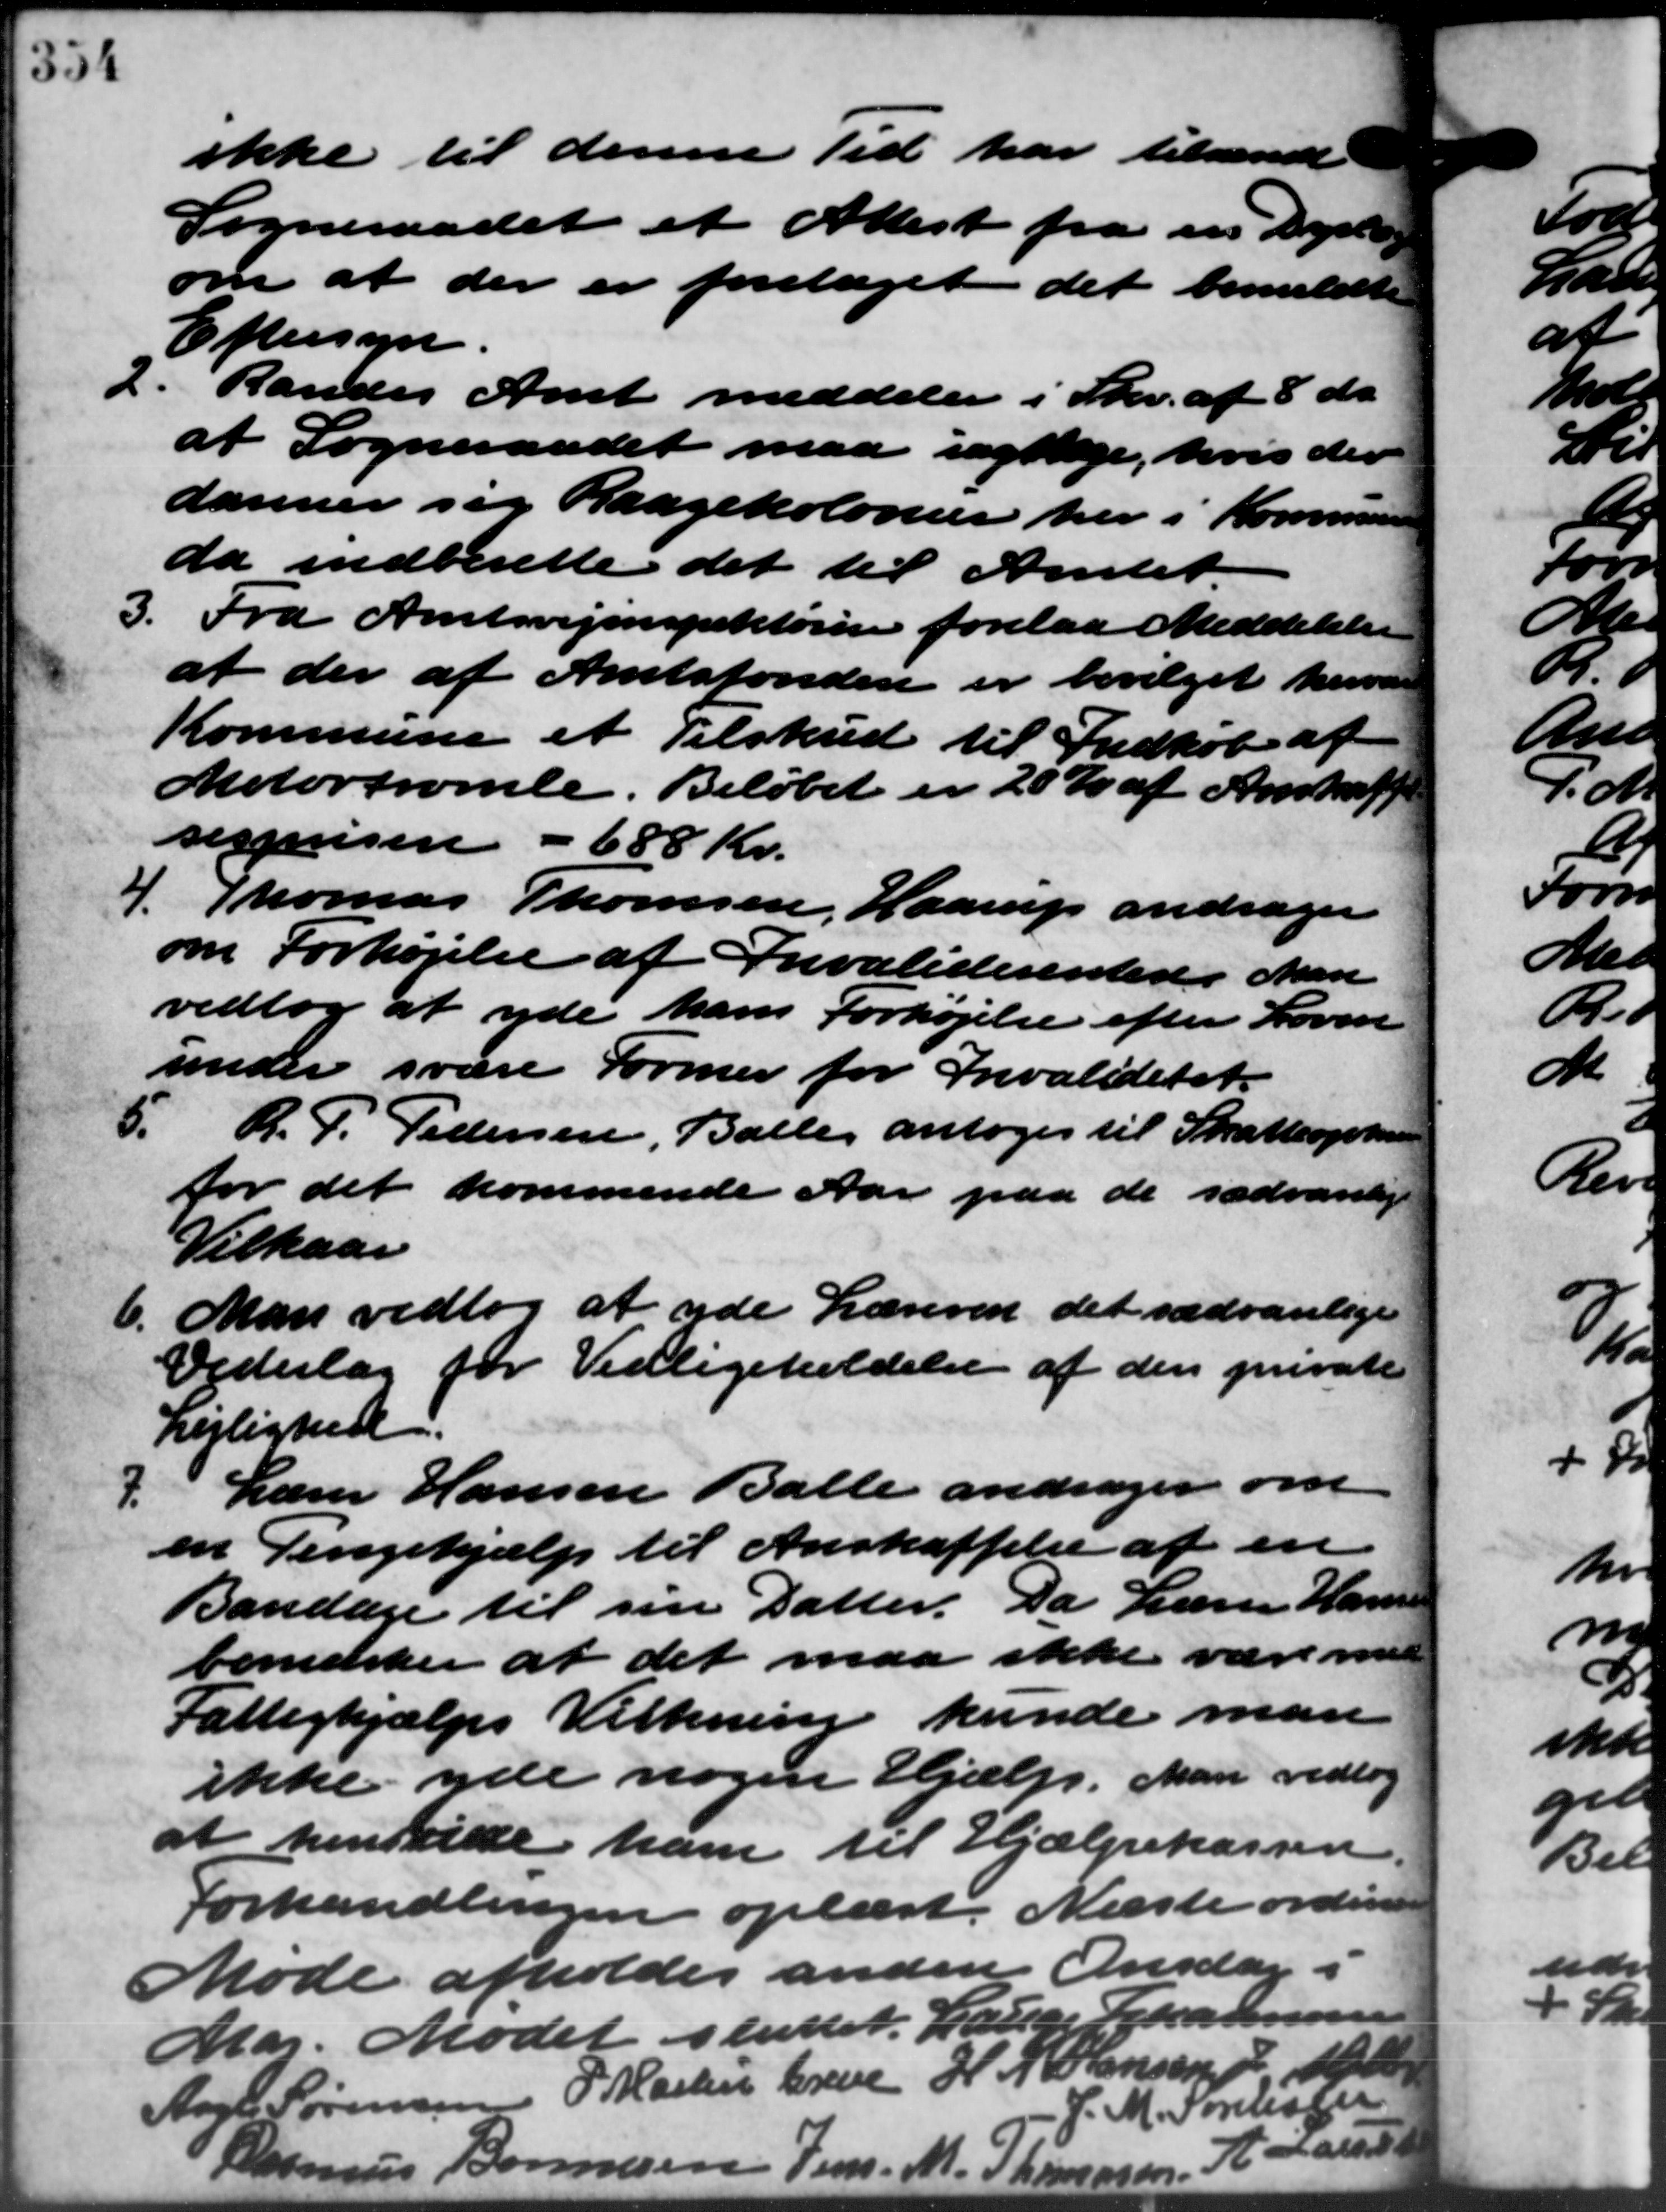
Transskription:
ikke til denne Tid har tilsendt
Sogneraadet et Attest fra en Dyrt
om at der er foretaget det bemeldte
Eftersyn.
2. Randes Amt meddeler i Skr. af 8 ds.
2. Randes Amt meddeler i Skr. af 8 ds.
at Sogneraadet maa iagtlige, hvis der
danner sig Raagekolonier her i Kommune
da indberette det til Amtet
3.
Fra Amtsvejinspektøren forelaa Meddelelse
at der af Amtsfonden er bevilget herve
Kommune et Tilskud til Indkøb af
Motortromle. Beløbet er 20 % af Anskaffe
esprisen - 688 Kr.
4. Thomas Thomsen, Haarup andrager
4. Thomas Thomsen, Haarup andrager
om Forhøjelse af Invaliderenten. Man
vedtog at yde hans Forhøjelse efter Loven
under svare Former for Invalideret.
5.
R. P. Pedersen, Balle antoges til Skatteopkræ
for det kommende Aar paa de sædvanlige
Vilkaar
6.
Man vedtog at yde Læreren det sædvanlige
Vederlag for Vedligeholdelse af den private
Lejlighed.
7.
Lærer Hansen Balle andrager om
en Pengehjælp til Anskaffelse af en
Bandage til sin Datter. Da Lærer Hansen
bemærker at det maa ikke være med
Fattighjælps Vilkning kunde man
ikke yde nogen Hjælp. Man vedtog
I henvilde ham til Hjælpekassen
Forhandlingen oplæst. Næste ordinære
Møde afholdes anden Onsdag i
Maj. Mødet sluttet Lauge Johannesen
Aage Sørensen P. Martin Greve H. J. Sørensen J Møl
J. M. Sørensen
11
alde
1
Rasmus Bonne